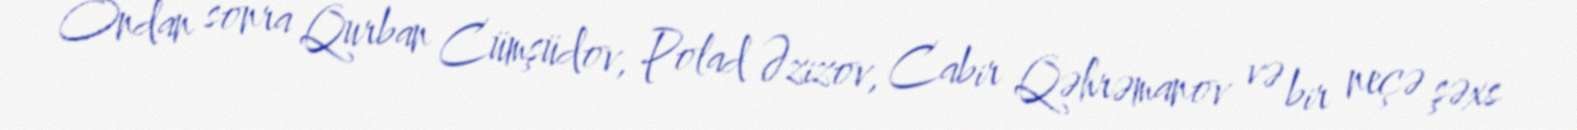
Ondan sonra Qurban Cümşüdov, Polad Əzizov, Cabir Qəhrəmanov və bir neçə şəxs